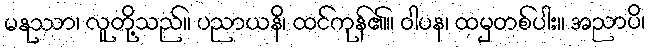
မနုဿာ၊ လူတို့သည်။ ပညာယနိ၊ ထင်ကုန်၏။ ဝါပန၊ ထမှတစ်ပါး။ အညာပိ၊